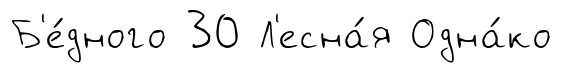
Б'е́дного 30 Л'есна́я Одна́ко